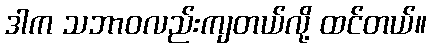
ဒါက သဘာဝလည်းကျတယ်လို့ ထင်တယ်။